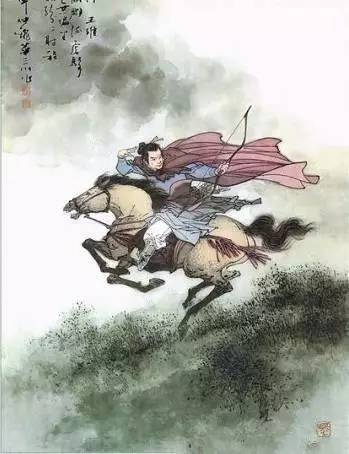
莫遣只轮归海窟，仍留一箭射天山。